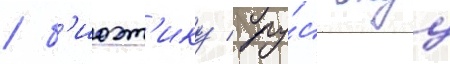
/ б'иоэт'ику / ру́сскуу